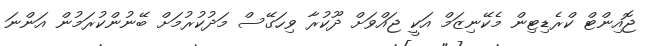
ޖޮއިންޓް ކްރެޑިޓިން މެކޭނިޒަމް އަކީ ޖައްވަށް ދޫކުރާ ވިހަގޭސް މަދުކުރުމަށް ބޭނުންކުރަމުން އަންނަ